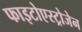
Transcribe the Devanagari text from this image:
फाइटोएस्ट्रोजेन